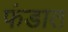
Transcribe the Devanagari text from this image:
फंडात